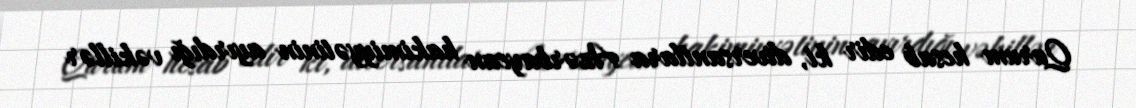
Qurum hesab edir ki, diversantlara Azərbaycan hakimiyyətinin ayırdığı vəkillər